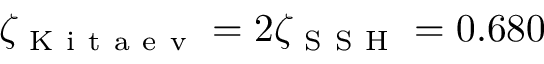
\zeta _ { \mathrm { ~ K ~ i ~ t ~ a ~ e ~ v ~ } } = 2 \zeta _ { \mathrm { ~ S ~ S ~ H ~ } } = 0 . 6 8 0